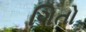
ગિતો